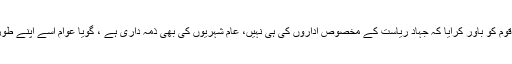
ریاست نے 80 کی دہائی میں قوم کو باور کرایا کہ جہاد ریاست کے مخصوص اداروں کی ہی نہیں، عام شہریوں کی بھی ذمہ داری ہے ، گویا عوام اسے اپنے طور پر بھی انجام دے سکتے ہیں۔